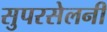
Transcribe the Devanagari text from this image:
सुपरसेलनी